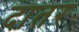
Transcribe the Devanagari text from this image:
दातर